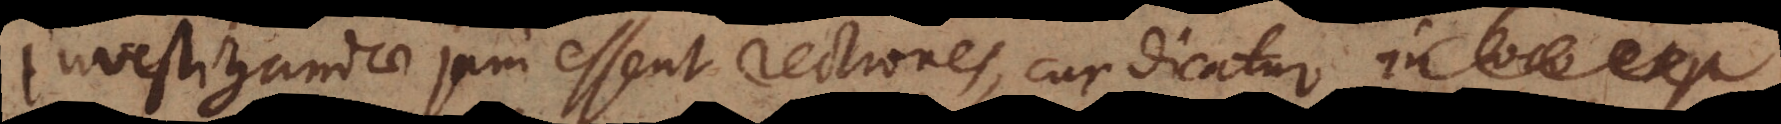
Investigandae jam essent rectiones, cur dicatur in